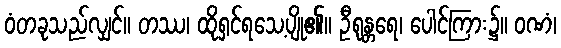
ဝံတခုသည်လျှင်။ တဿ၊ ထိုရှင်ရသေ့ပျို၏။ ဦရုန္တရေ၊ ပေါင်ကြား၌။ ဝဏံ၊